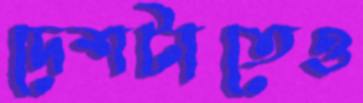
দেশটাতেও